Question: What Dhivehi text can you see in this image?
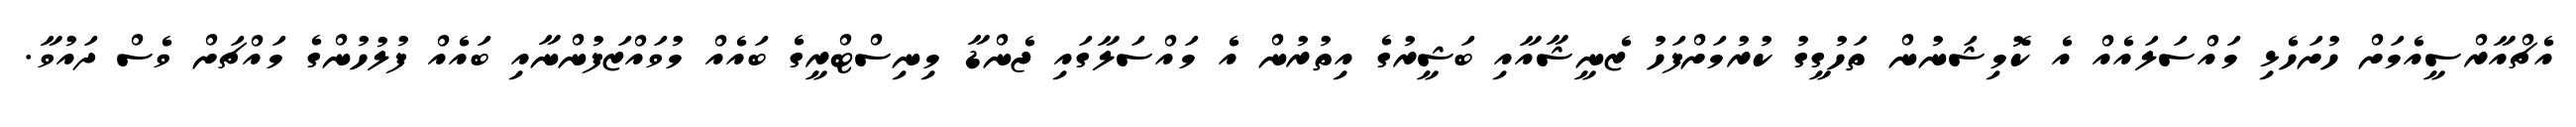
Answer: އެޗްއާރްސީއެމަށް ހުށަހެޅި މައްސަލައެއް އެ ކޮމިޝަނުން ތަހުގީގު ކުރުމަށްފަހު ޒެނީޝާއާއި ބަޝީރުގެ އިތުރުން އެ މައްސަލާގައި ޖެންޑާ މިނިސްޓްރީގެ ބައެއް މުވައްޒަފުންނާއި ބައެއް ފުލުހުންގެ މައްޗަށް ވެސް ދައުވާ.